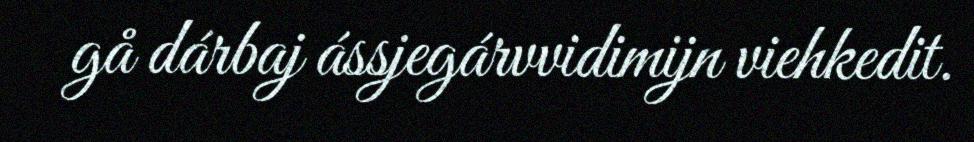
gå dárbaj ássjegárvvidimijn viehkedit.